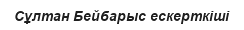
Сұлтан Бейбарыс ескерткіші